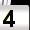
Digit: 4